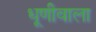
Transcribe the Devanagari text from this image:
धूणीवाला